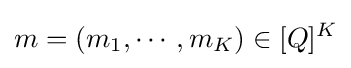
m=(m_{1},\cdots ,m_{K})\in [Q]^{K}